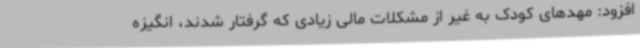
افزود: مهدهای کودک به غیر از مشکلات مالی زیادی که گرفتار شدند، انگیزه